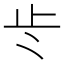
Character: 𭭚